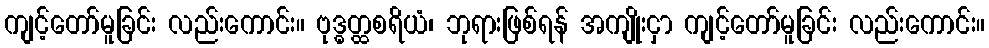
ကျင့်တော်မူခြင်း လည်းကောင်း။ ဗုဒ္ဓတ္ထစရိယံ၊ ဘုရားဖြစ်ရန် အကျိုးငှာ ကျင့်တော်မူခြင်း လည်းကောင်း။